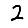
Digit: 2